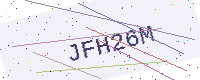
Text: JFH26M